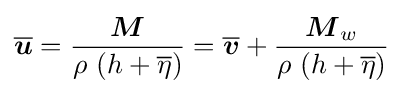
{\overline {\boldsymbol {u}}}={\frac {\boldsymbol {M}}{\rho \,\left(h+{\overline {\eta }}\right)}}={\overline {\boldsymbol {v}}}+{\frac {{\boldsymbol {M}}_{w}}{\rho \,\left(h+{\overline {\eta }}\right)}}